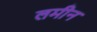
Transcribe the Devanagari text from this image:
लमीन